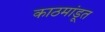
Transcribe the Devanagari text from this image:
काठमांडूत